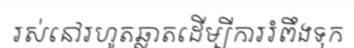
រស់នៅរហូតឆ្លាតដើម្បីការរំពឹងទុក